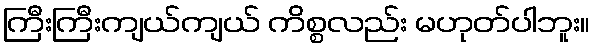
ကြီးကြီးကျယ်ကျယ် ကိစ္စလည်း မဟုတ်ပါဘူး။